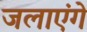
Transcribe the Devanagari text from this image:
जलाएंगे